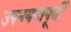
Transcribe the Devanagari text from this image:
उपनयनापूर्वी